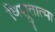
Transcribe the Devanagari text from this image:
विश्रुतात्मा